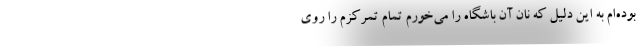
بوده‌ام به این دلیل که نان آن باشگاه را می‌خورم تمام تمرکزم را روی